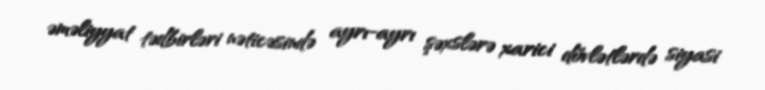
əməliyyat tədbirləri nəticəsində ayrı-ayrı şəxslərə xarici dövlətlərdə siyasi